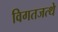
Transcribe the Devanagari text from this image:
विगतजत्थे